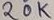
Text: 20K